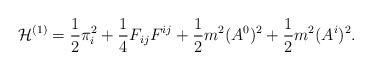
\begin{align*}{\cal H}^{(1)}=\frac{1}{2}\pi_{i}^2+ \frac{1}{4}F_{ij}F^{ij} +\frac{1}{2} m^2 (A^0)^2+ \frac{1}{2} m^2 (A^i)^{2}.\end{align*}